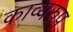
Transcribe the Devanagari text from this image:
काव्यरुप